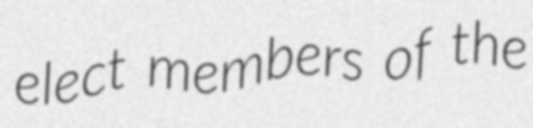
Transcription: elect members of the